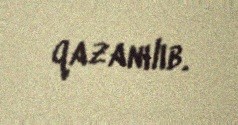
qazanılıb.